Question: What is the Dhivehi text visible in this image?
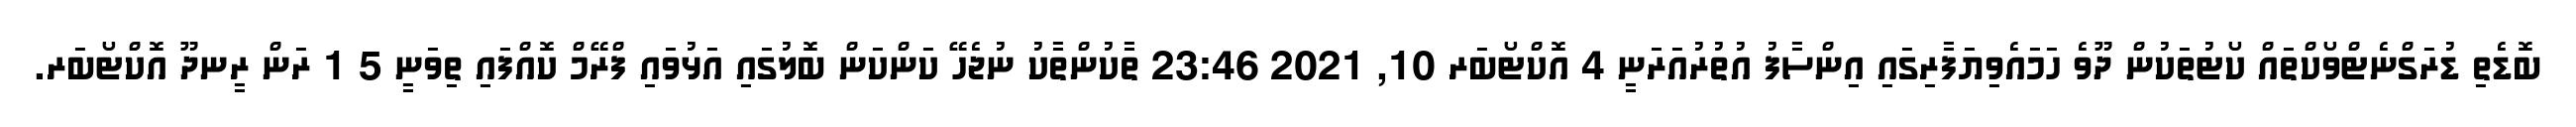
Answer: ބޮޑެތި ޑުރަގްނެޓްވޯކްތައް ކޯޓުތަކުން ދޫވެ ހަމައެވިޔަފާރިގައި އިންސާފު އުތުރުއަރަނީ 4 އޮކްޓޯބަރ 10, 2021 23:46 ތާކުންތާކު ނުޖެހޭ ކަންކަން ބޮލުގައި އަޅުވައި ފްރޭމް ކޮއްފައި ތިވަނީ 5 1 ރަން ރީނދޫ އޮކްޓޯބަރ.